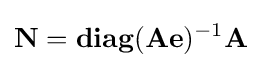
\mathbf {N} =\mathbf {diag} (\mathbf {Ae} )^{-1}\mathbf {A}